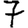
Digit: 7